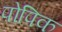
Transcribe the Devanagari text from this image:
पोपिक